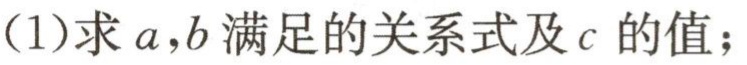
(1)求\(a,b\)满足的关系式及\(c\) 的值；